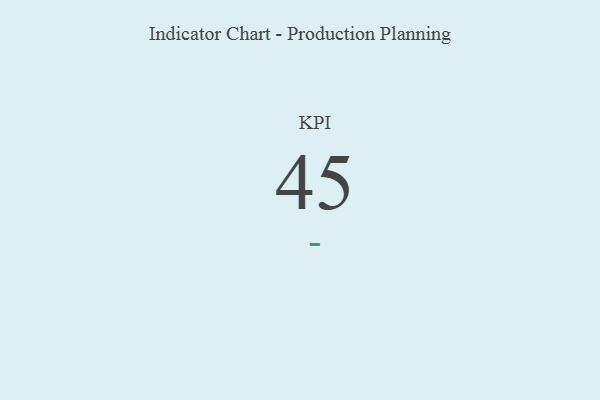
{"axis": {"x": "KPI", "y": "Value"}, "legend": [""], "data": [{"x": "KPI", "y": 45, "type": ""}]}